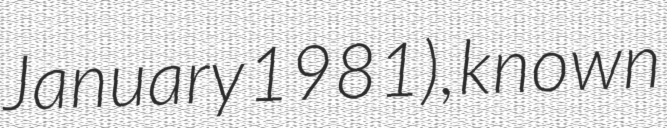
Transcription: January 1981), known